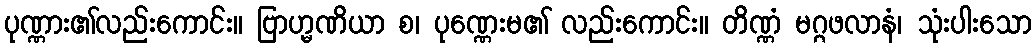
ပုဏ္ဏား၏လည်းကောင်း။ ဗြာဟ္မဏိယာ စ၊ ပုဏ္ဏေးမ၏ လည်းကောင်း။ တိဏ္ဏံ မဂ္ဂဖလာနံ၊ သုံးပါးသော